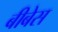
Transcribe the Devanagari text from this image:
बीबेस